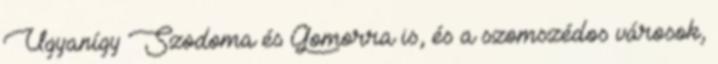
Ugyanígy Szodoma és Gomorra is, és a szomszédos városok,